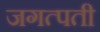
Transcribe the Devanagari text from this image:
जगत्पती